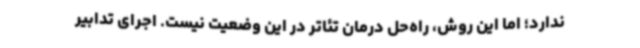
ندارد؛ اما این روش، راه‌حل درمان تئاتر در این وضعیت نیست. اجرای تدابیر